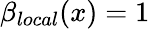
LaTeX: \beta_{local}(x)=1